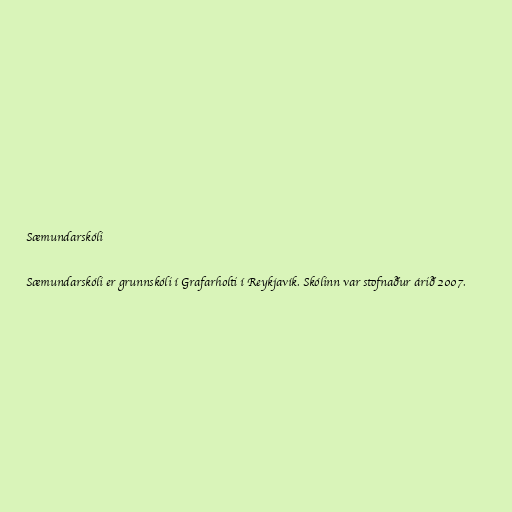
Sæmundarskóli

Sæmundarskóli er grunnskóli í Grafarholti í Reykjavík. Skólinn var stofnaður árið 2007.